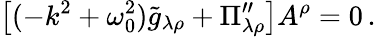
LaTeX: \left[(-k^{2}+\omega_{0}^{2})\widetilde g_{\lambda\rho}+\Pi_{\lambda\rho}^{\prime\prime}\right]A^{\rho}=0\, .